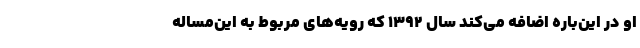
او در این‌باره اضافه می‌کند سال ۱۳۹۲ که رویه‌های مربوط به این‌مساله